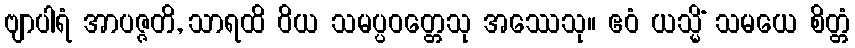
ဗျာပါရံ အာပဇ္ဇတိ, သာရထိ ဝိယ သမပ္ပဝတ္တေသု အဿေသု။ ဧဝံ ယသ္မိံ သမယေ စိတ္တံ